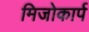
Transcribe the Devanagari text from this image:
मिजोकार्प